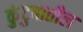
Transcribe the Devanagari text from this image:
कुंटुबातील